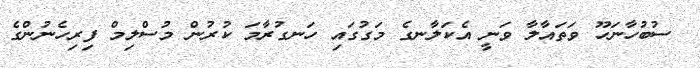
ސުބުހާނަހޫ ވަތައާލާ ވަނީ އެކަލާނގެ މަގުގައި ހަނގުރާމަ ކުރުން މުސްލިމް ފިރިހެނުންގެ